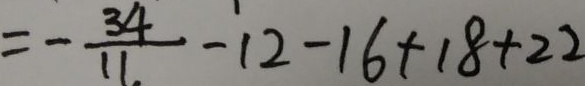
= - \frac { 3 4 } { 1 1 } - 1 2 - 1 6 + 1 8 + 2 2